Vaccination in Bombay 1924-1928 - 1924-1928
Year: 1924
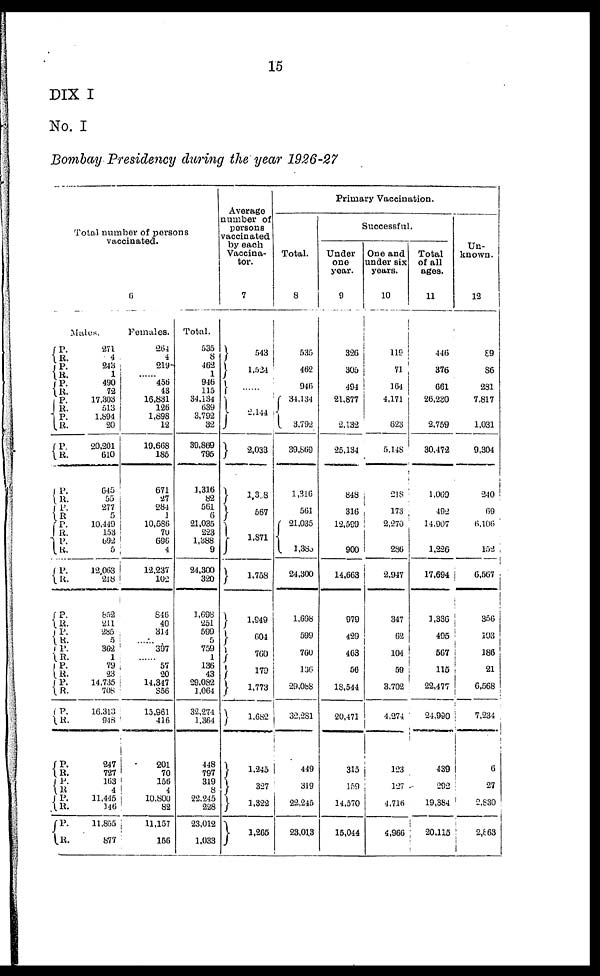
15
DIX I
No. I
Bombay Presidency during the year 1926-27
Total number of persons
vaccinated.
6
Males.
P.
R.
P. R.
P.
R.
P.
R.
P.
R.
P.
R.
P.
R.
P.
R.
P.
R.
P.
R.
P.
R.
P.
R.
P.
R.
P.
R.
P.
R.
P.
R.
P.
R.
P.
R.
P.
R.
P.
R.
P.
R.
271
4
243
1
490
72
17,303
513
1,894
20
20,201
610
645
55
277
5
10,449
153
592
5
12,063
218
852
211
285
5
362
1
79
23
14,735
708
16,313
948
247
727
163
4
11,445
146
11,855
877
Females.
264
4
219
......
456
43
16,831
126
1,898
12
19,668
185
671
27
284
1
10,586
70
696
4
12,237
102
846
40
314
......
397
......
57
20
14,347
356
15,961
416
201
70
150
4
10,800
82
11,157
156
Total.
535
8
462
1
946
115
34,134
639
3,792
32
39,869
795
1,316
82
561
6
21,035
223
1,388
9
24,300
320
1,698
251
599
5
759
1
136
43
29,082
1,064
32,274
1,364
448
797
319
8
22,245
228
23,012
1,033
Average
number of
persons
vaccinated
by each
Vaccina¬
tor.
7
543
1,524
......
2,144
2,033
1,308
567
1,871
1,758
1,949
604
760
179
1,773
1,682
1,245
327
1,322
1,265
Primary Vaccination.
Total.
8
535
462
946
34,134
3,792
39,559
1,316
561
21,035
l,383
24,300
1,698
599
760
136
29,088
32,281
449
319
22,245
23,013
Successful.
Under
one
year.
9
326
305
494
21,877
2,132
25,134
848
316
12,599
900
14,663
979
429
463
56
18,544
20,471
315
159
14,570
15,044
One and
under six
years.
10
119
71
164
4,171
623
5,148
218
173
2,270
286
2,947
347
62
104
59
3,702
4,274
123
127
4,716
4,966
Total
of all
ages.
11
446
376
661
26,230
2,759
30,472
1,069
492
14.007
1,226
17,694
1,336
495
567
115
22,477
24,990
439
292
19,384
20,115
Un-
known.
12
89
86
281
7,817
1,031
9,304
240
69
6,100
152
6,567
356
103
186
21
6,568
7,234
6
27
2,830
2,863